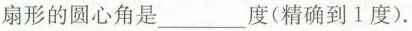
扇形的圆心角是___度(精确到1度).